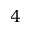
4